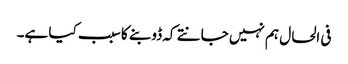
فی الحال ہم نہیں جانتے کہ ڈوبنے کا سبب کیا ہے۔